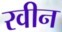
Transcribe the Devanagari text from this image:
रवीन